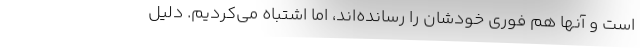
است و آنها هم فوری خودشان را رسانده‌اند، اما اشتباه می‌کردیم. دلیل